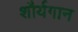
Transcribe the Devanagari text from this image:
शौर्यगान